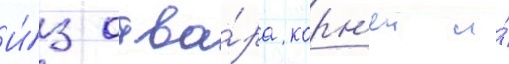
И́з отва́ра корн'еи и́